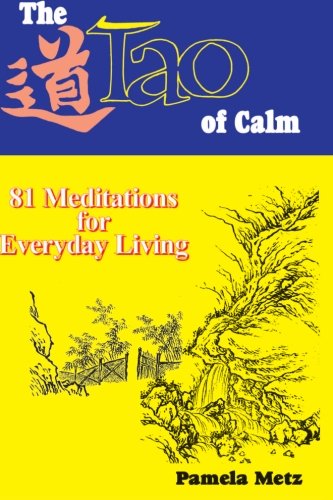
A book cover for The Tao of Calm (Lao Tzu's Tao Te Ching Adapted for a New Age); Pamela K. Metz; Religion & Spirituality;